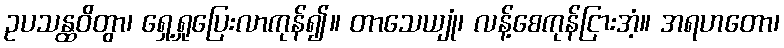
ဥပသန္ထဝိတွာ၊ ရှေ့ရှုပြေးလာကုန်၍။ တာသေယျုံ၊ လန့်စေကုန်ငြားအံ့။ အရဟတော၊